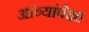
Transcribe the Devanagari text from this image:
आंब्यांपेक्षा